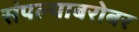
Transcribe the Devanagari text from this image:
संपल्याबरोबर